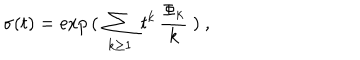
\sigma ( t ) = \exp \, ( \ \sum _ { k \geq 1 } \ t ^ { k } \, { \frac { \Phi _ { k } } { k } } \ ) \ ,